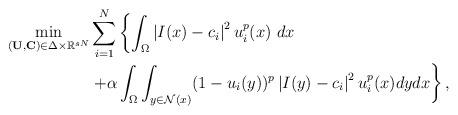
LaTeX: \begin{align*} \min_{(\mathbf{U},\mathbf{C})\in \Delta\times\mathbb{R}^{sN}} &\sum_{i=1}^N\left\{\int_\Omega \left|I(x) - c_i\right|^2u_i^p(x) \ dx\right.\\&\left.+\alpha\int_\Omega\int_{y\in\mathcal{N}(x)}(1-u_i(y))^p\left|I(y)-c_i\right|^2u^p_i(x)dydx\right\},\end{align*}